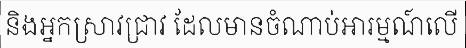
និងអ្នកស្រាវជ្រាវ ដែលមានចំណាប់អារម្មណ៍លើ